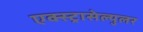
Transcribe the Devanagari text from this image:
एक्स्ट्रासेल्युलर